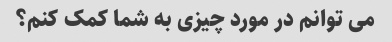
می توانم در مورد چیزی به شما کمک کنم؟